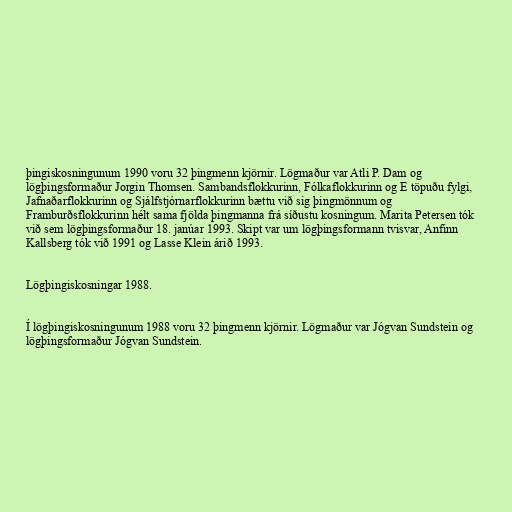
þingiskosningunum 1990 voru 32 þingmenn kjörnir. Lögmaður var Atli P. Dam og
lögþingsformaður Jorgin Thomsen. Sambandsflokkurinn, Fólkaflokkurinn og E töpuðu fylgi,
Jafnaðarflokkurinn og Sjálfstjórnarflokkurinn bættu við sig þingmönnum og
Framburðsflokkurinn hélt sama fjölda þingmanna frá síðustu kosningum. Marita Petersen tók
við sem lögþingsformaður 18. janúar 1993. Skipt var um lögþingsformann tvisvar, Anfinn
Kallsberg tók við 1991 og Lasse Klein árið 1993.

Lögþingiskosningar 1988.

Í lögþingiskosningunum 1988 voru 32 þingmenn kjörnir. Lögmaður var Jógvan Sundstein og
lögþingsformaður Jógvan Sundstein.